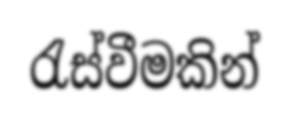
රැස්වීමකින්